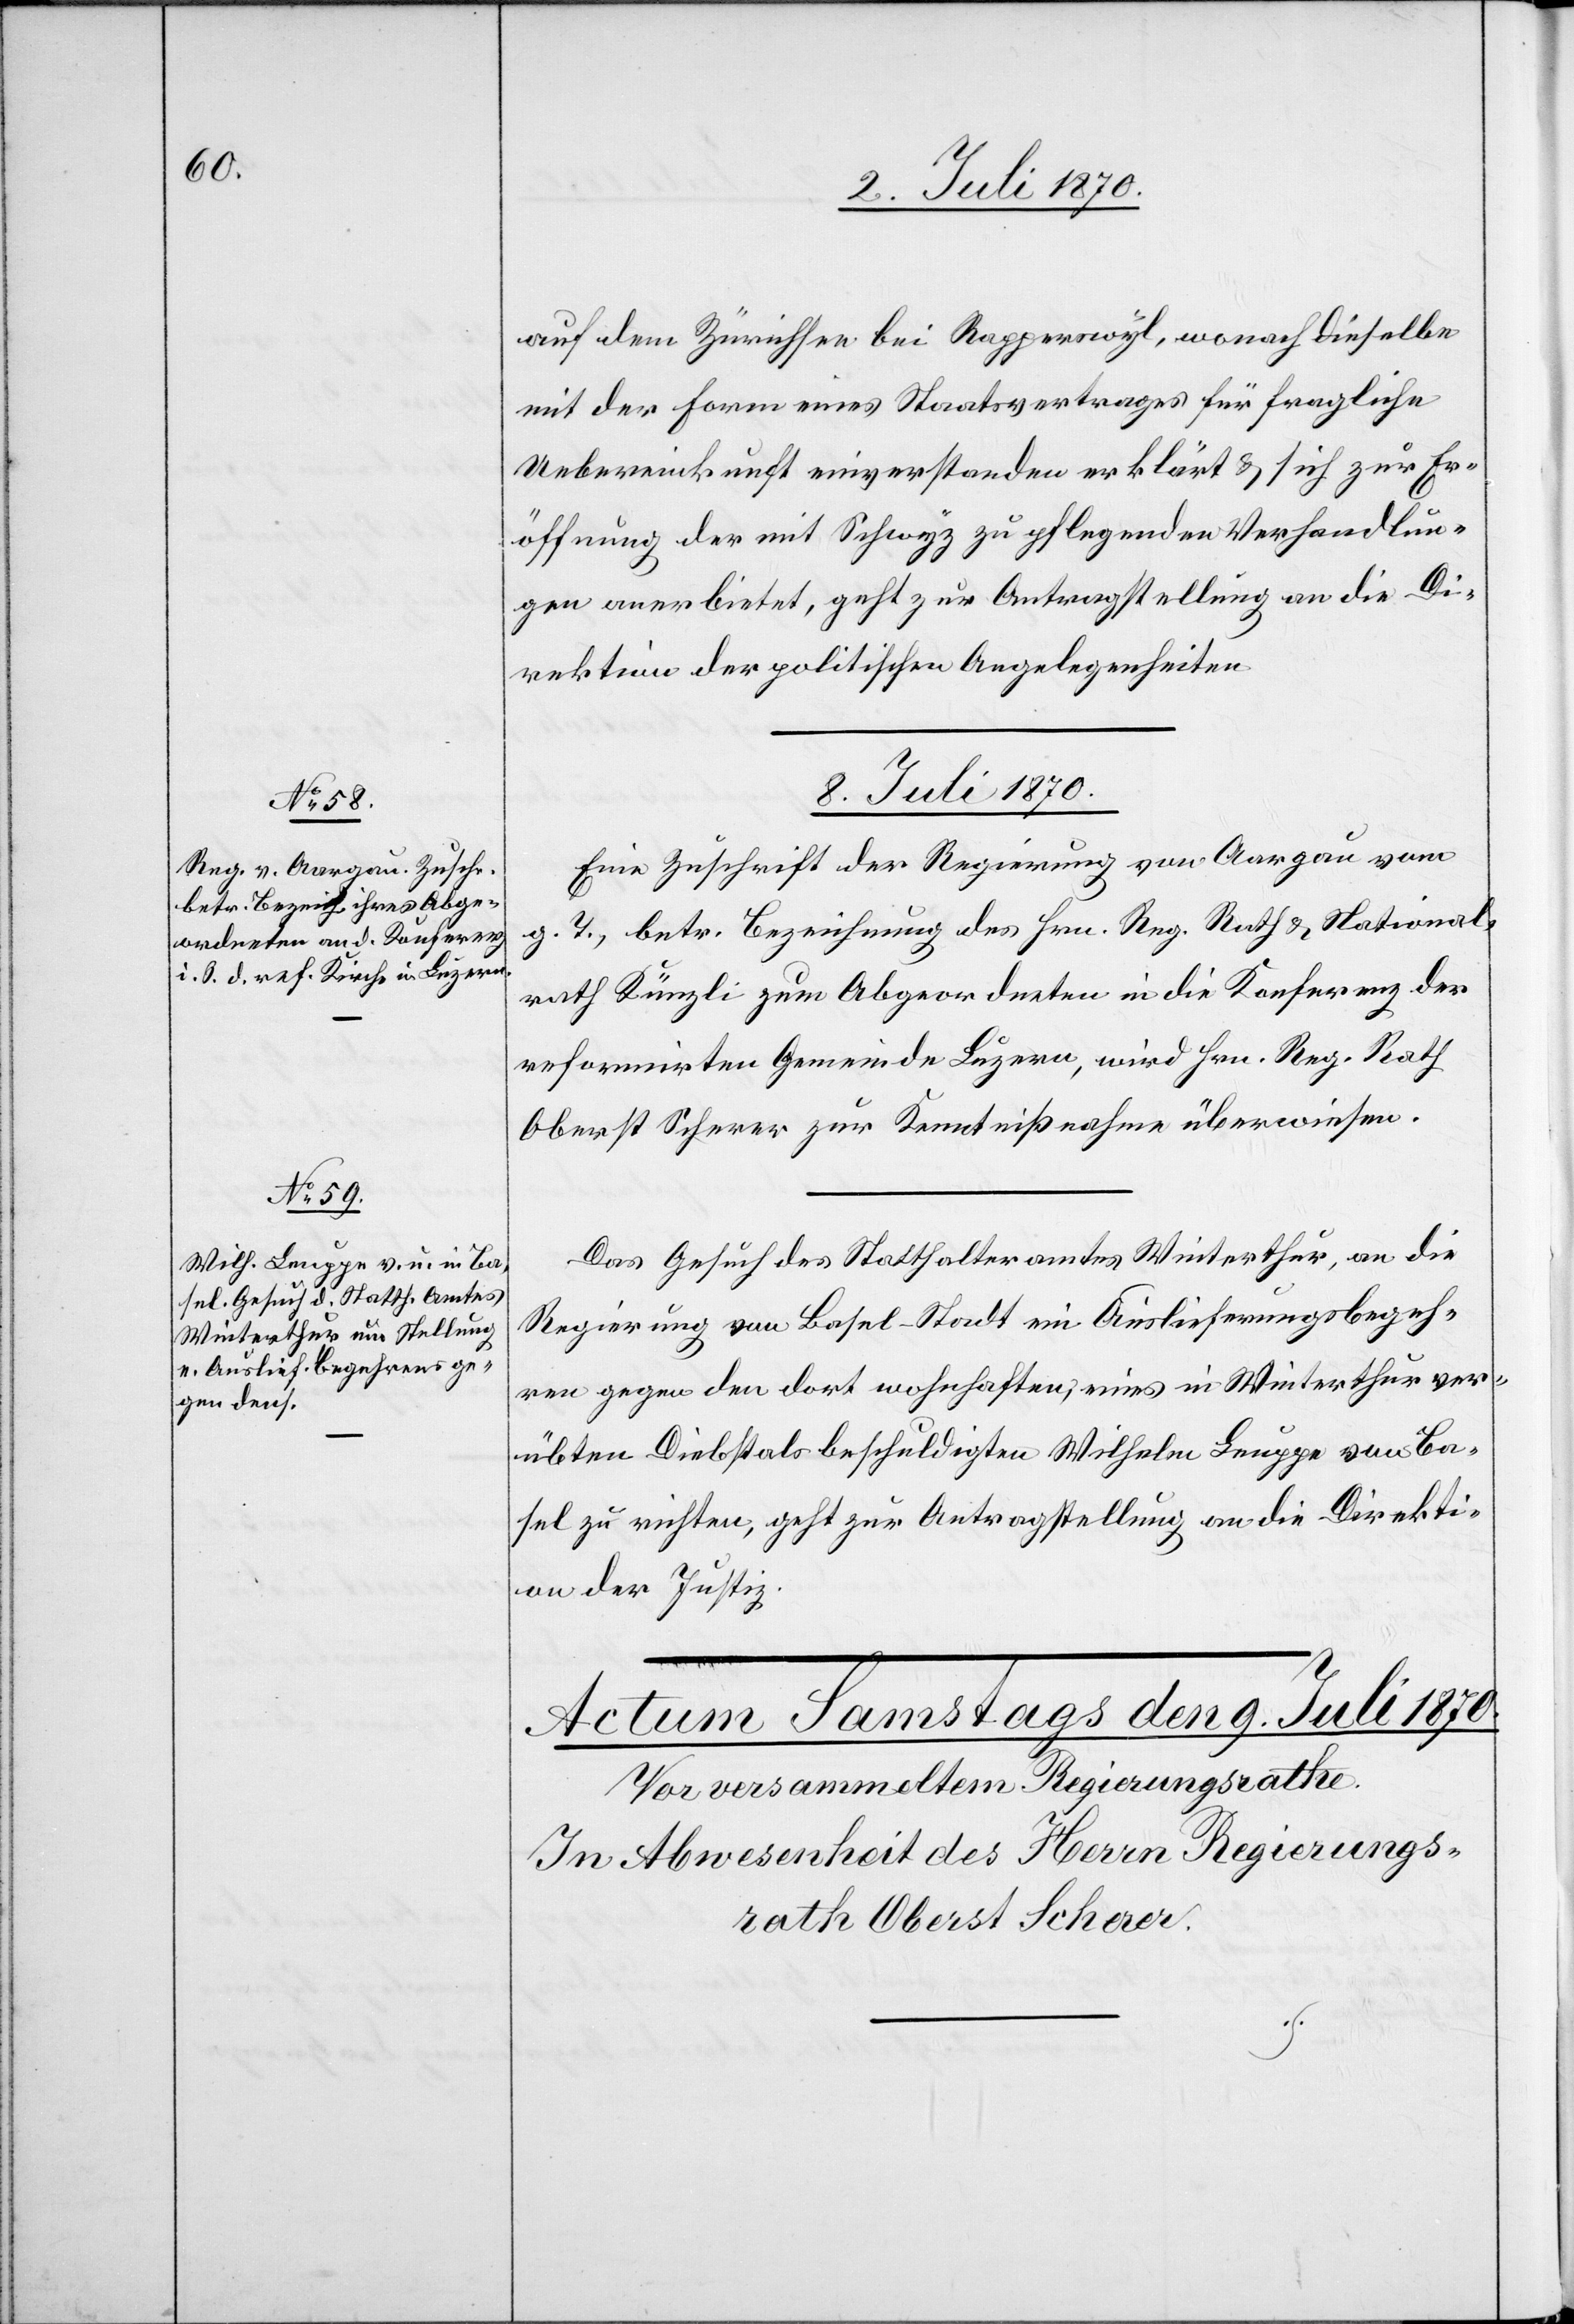
auf dem Zürichsee bei Rapperswyl, wonach [sich]
mit der Form eines Staatsvertrages für fragliche
Uebereinkunft einverstanden erklärt & sich zur Er¬
öffnung der mit Schwyz zu pflegenden Verhandlun¬
gen anerbietet, geht zur Antragstellung an die Di¬
rektion der politischen Angelegenheiten.
8. Juli 1870.]
Eine Zuschrift der Regierung von Aargau vom
g. T., betr. Bezeichnung des Hrn. Reg. Rath & National¬
rath Künzli zum Abgeordneten in die Konferenz der
reformirten Gemeinde Luzern, wird Hrn. Reg. Rath
Oberst Scherer zur Kenntnißnahme überwiesen.
Das Gesuch des Statthalteramtes Winterthur, an die
Regierung von Basel-Stadt ein Auslieferungsbegeh¬
ren gegen den dort wohnhaften, eines in Winterthur ver¬
übten Diebstals beschuldigten Wilhelm Leuppe von Ba¬
sel zu richten, geht zur Antragstellung an die Direkti¬
on der Justiz.